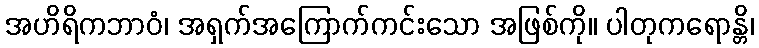
အဟိရိကဘာဝံ၊ အရှက်အကြောက်ကင်းသော အဖြစ်ကို။ ပါတုကရောန္တိ၊